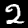
Label: 2